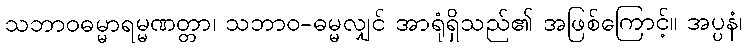
သဘာဝဓမ္မာရမ္မဏတ္တာ၊ သဘာဝ-ဓမ္မလျှင် အာရုံရှိသည်၏ အဖြစ်ကြောင့်။ အပ္ပနံ၊